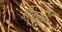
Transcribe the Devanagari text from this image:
रौनकी